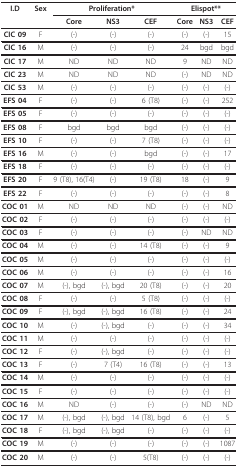
<table><thead><tr><td><b>I.D</b></td><td><b>Sex</b></td><td colspan="3"><b>Proliferation*</b></td><td colspan="3"><b>Elispot**</b></td></tr><tr><td></td><td></td><td><b>Core</b></td><td><b>NS3</b></td><td><b>CEF</b></td><td><b>Core</b></td><td><b>NS3</b></td><td><b>CEF</b></td></tr></thead><tbody><tr><td><b>CIC 09</b></td><td>F</td><td>(-)</td><td>(-)</td><td>(-)</td><td>(-)</td><td>(-)</td><td>15</td></tr><tr><td><b>CIC 16</b></td><td>M</td><td>(-)</td><td>(-)</td><td>(-)</td><td>24</td><td>bgd</td><td>bgd</td></tr><tr><td><b>CIC 17</b></td><td>M</td><td>ND</td><td>ND</td><td>ND</td><td>9</td><td>ND</td><td>ND</td></tr><tr><td><b>CIC 23</b></td><td>M</td><td>ND</td><td>ND</td><td>ND</td><td>(-)</td><td>ND</td><td>ND</td></tr><tr><td><b>CIC 53</b></td><td>M</td><td>(-)</td><td>(-)</td><td>(-)</td><td>(-)</td><td>(-)</td><td>(-)</td></tr><tr><td><b>EFS 04</b></td><td>F</td><td>(-)</td><td>(-)</td><td>6 (T8)</td><td>(-)</td><td>(-)</td><td>252</td></tr><tr><td><b>EFS 05</b></td><td>F</td><td>(-)</td><td>(-)</td><td>(-)</td><td>(-)</td><td>(-)</td><td>(-)</td></tr><tr><td><b>EFS 08</b></td><td>F</td><td>bgd</td><td>bgd</td><td>bgd</td><td>(-)</td><td>(-)</td><td>(-)</td></tr><tr><td><b>EFS 10</b></td><td>F</td><td>(-)</td><td>(-)</td><td>7 (T8)</td><td>(-)</td><td>(-)</td><td>(-)</td></tr><tr><td><b>EFS 16</b></td><td>M</td><td>(-)</td><td>(-)</td><td>bgd</td><td>(-)</td><td>(-)</td><td>17</td></tr><tr><td><b>EFS 18</b></td><td>F</td><td>(-)</td><td>(-)</td><td>(-)</td><td>(-)</td><td>(-)</td><td>(-)</td></tr><tr><td><b>EFS 20</b></td><td>F</td><td>9 (T8), 16(T4)</td><td>(-)</td><td>19 (T8)</td><td>18</td><td>(-)</td><td>9</td></tr><tr><td><b>EFS 22</b></td><td>F</td><td>(-)</td><td>(-)</td><td>(-)</td><td>(-)</td><td>(-)</td><td>8</td></tr><tr><td><b>COC 01</b></td><td>M</td><td>ND</td><td>ND</td><td>ND</td><td>(-)</td><td>(-)</td><td>ND</td></tr><tr><td><b>COC 02</b></td><td>F</td><td>(-)</td><td>(-)</td><td>(-)</td><td>(-)</td><td>(-)</td><td>(-)</td></tr><tr><td><b>COC 03</b></td><td>F</td><td>(-)</td><td>(-)</td><td>(-)</td><td>(-)</td><td>ND</td><td>ND</td></tr><tr><td><b>COC 04</b></td><td>M</td><td>(-)</td><td>(-)</td><td>14 (T8)</td><td>(-)</td><td>(-)</td><td>9</td></tr><tr><td><b>COC 05</b></td><td>M</td><td>(-)</td><td>(-)</td><td>(-)</td><td>(-)</td><td>(-)</td><td>(-)</td></tr><tr><td><b>COC 06</b></td><td>M</td><td>(-)</td><td>(-)</td><td>(-)</td><td>(-)</td><td>(-)</td><td>16</td></tr><tr><td><b>COC 07</b></td><td>M</td><td>(-), bgd</td><td>(-), bgd</td><td>20 (T8)</td><td>(-)</td><td>(-)</td><td>20</td></tr><tr><td><b>COC 08</b></td><td>F</td><td>(-)</td><td>(-)</td><td>5 (T8)</td><td>(-)</td><td>(-)</td><td>(-)</td></tr><tr><td><b>COC 09</b></td><td>F</td><td>(-), bgd</td><td>(-), bgd</td><td>16 (T8)</td><td>(-)</td><td>(-)</td><td>24</td></tr><tr><td><b>COC 10</b></td><td>M</td><td>(-)</td><td>(-), bgd</td><td>(-)</td><td>(-)</td><td>(-)</td><td>34</td></tr><tr><td><b>COC 11</b></td><td>M</td><td>(-)</td><td>(-)</td><td>(-)</td><td>(-)</td><td>(-)</td><td>(-)</td></tr><tr><td><b>COC 12</b></td><td>F</td><td>(-)</td><td>(-), bgd</td><td>(-)</td><td>(-)</td><td>(-)</td><td>(-)</td></tr><tr><td><b>COC 13</b></td><td>F</td><td>(-)</td><td>7 (T4)</td><td>16 (T8)</td><td>(-)</td><td>(-)</td><td>13</td></tr><tr><td><b>COC 14</b></td><td>M</td><td>(-)</td><td>(-)</td><td>(-)</td><td>(-)</td><td>(-)</td><td>(-)</td></tr><tr><td><b>COC 15</b></td><td>F</td><td>(-)</td><td>(-)</td><td>(-)</td><td>(-)</td><td>(-)</td><td>(-)</td></tr><tr><td><b>COC 16</b></td><td>M</td><td>ND</td><td>(-)</td><td>(-)</td><td>(-)</td><td>ND</td><td>ND</td></tr><tr><td><b>COC 17</b></td><td>M</td><td>(-), bgd</td><td>(-), bgd</td><td>14 (T8), bgd</td><td>6</td><td>(-)</td><td>5</td></tr><tr><td><b>COC 18</b></td><td>F</td><td>(-), bgd</td><td>(-), bgd</td><td>(-)</td><td>(-)</td><td>(-)</td><td>(-)</td></tr><tr><td><b>COC 19</b></td><td>M</td><td>(-)</td><td>(-)</td><td>(-)</td><td>(-)</td><td>(-)</td><td>1087</td></tr><tr><td><b>COC 20</b></td><td>M</td><td>(-)</td><td>(-)</td><td>5(T8)</td><td>(-)</td><td>(-)</td><td>(-)</td></tr></tbody></table>